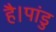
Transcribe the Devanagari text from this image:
है।पांडु